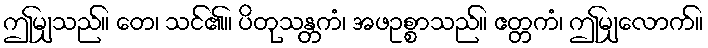
ဤမျှသည်။ တေ၊ သင်၏။ ပိတုသန္တကံ၊ အဖဥစ္စာသည်။ ဧတ္တကံ၊ ဤမျှလောက်။